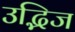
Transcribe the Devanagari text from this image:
उद्भिज